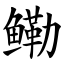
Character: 鳓